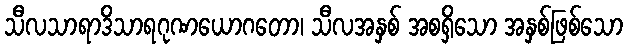
သီလသာရာဒိသာရဂုဏယောဂတော၊ သီလအနှစ် အစရှိသော အနှစ်ဖြစ်သော